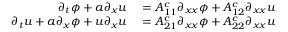
\begin{array} { r l } { \partial _ { t } \phi + a \partial _ { x } u } & { { } = A _ { 1 1 } ^ { c } \partial _ { x x } \phi + A _ { 1 2 } ^ { c } \partial _ { x x } u } \\ { \partial _ { t } u + a \partial _ { x } \phi + u \partial _ { x } u } & { { } = A _ { 2 1 } ^ { c } \partial _ { x x } \phi + A _ { 2 2 } ^ { c } \partial _ { x x } u } \end{array}